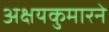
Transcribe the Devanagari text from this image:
अक्षयकुमारने